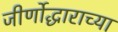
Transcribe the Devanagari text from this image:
जीर्णोद्धाराच्या